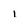
Character: i